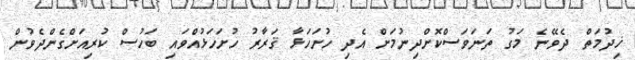
ޚިދުމަތް ދެވޭނެ މަގު ތަނަވަސްކޮށްދިނުމަށް އެދި ހުށަހަޅާ ޤަރާރު ހުށަހަޅުއްވައި ބަހުސް ކުރިއަށްގެންދެވުން